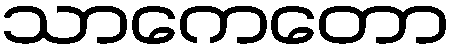
သာကေတော